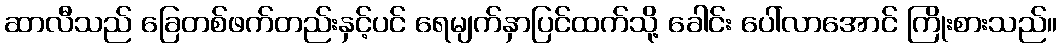
ဆာလီသည် ခြေတစ်ဖက်တည်းနှင့်ပင် ရေမျက်နှာပြင်ထက်သို့ ခေါင်း ပေါ်လာအောင် ကြိုးစားသည်။